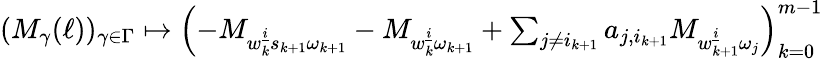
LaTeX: \begin{array}{r}{(M_{\gamma}(\ell))_{\gamma\in\Gamma}\mapsto\left(-M_{w_{k}^{\underline{{i}}}s_{k+1}\omega_{k+1}}-M_{w_{k}^{\underline{{i}}}\omega_{k+1}}+\sum_{j\neq i_{k+1}}a_{j,i_{k+1}}M_{w_{k+1}^{\underline{{i}}}\omega_{j}}\right)_{k=0}^{m-1}}\end{array}